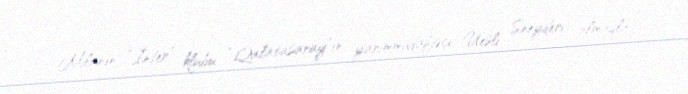
Milanın “İnter” klubu “Qalatasaray”ın yarımmüdafiəçi Uesli Sneyderi almaqla